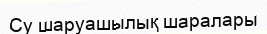
Су шаруашылық шаралары